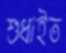
শুধাইত